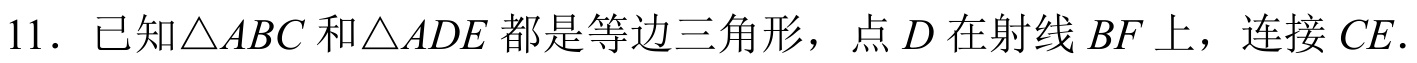
11. 已知\(\triangle ABC\) 和\(\triangle ADE\) 都是等边三角形，点 \(D\) 在射线 \(BF\) 上，连接 \(CE\)．